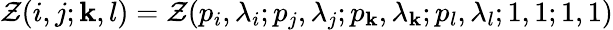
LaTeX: \mathcal{Z}(i,j;\mathbf{k},l)=\mathcal{Z}(p_{i},\lambda_{i};p_{j},\lambda_{j};p_{\mathbf{k}},\lambda_{\mathbf{k}};p_{l},\lambda_{l};1,1;1,1)